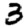
Digit: 3